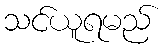
သင်ယူရမည်